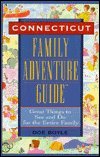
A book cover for Family Adventure Guide Connecticut (1st ed.); Doe Boyle; Travel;